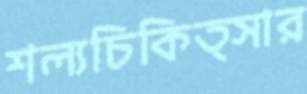
শল্যচিকিত্সার